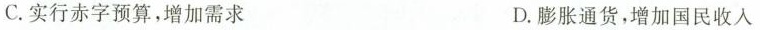
C.实行赤字预算，增加需求 D.膨胀通货，增加国民收入